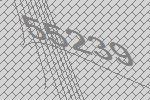
55239